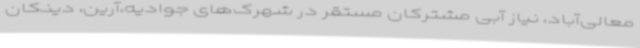
معالی‌آباد، نیاز آبی مشترکان مستقر در شهرک‌های جوادیه،آرین، دینکان